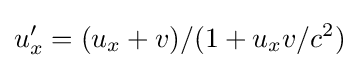
u_{x}'=(u_{x}+v)/(1+u_{x}v/c^{2})